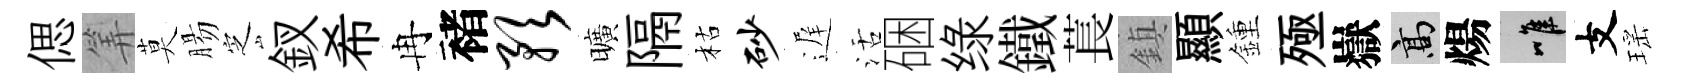
偲筭莫腸㝎釵希冉褚预曠隔枯砂遅活硱绿鐵萇鎮顯鍾殛嶽高煬唯支瑶